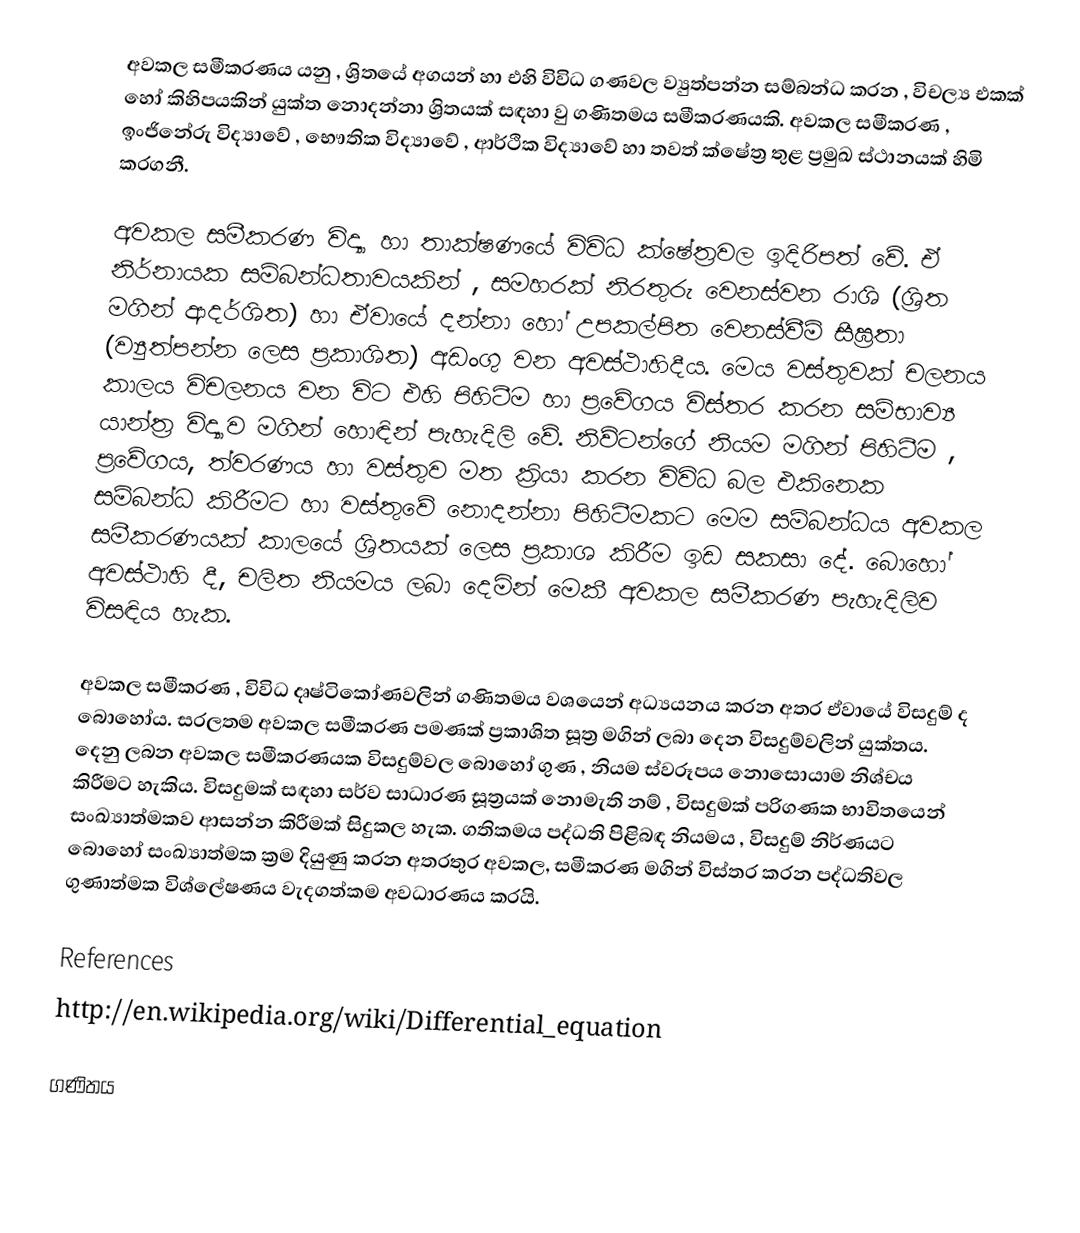
අවකල සමීකරණය යනු , ශ්‍රිතයේ අගයන් හා එහි විවිධ ගණවල ව්‍යුත්පන්න සම්බන්ධ කරන , විචල්‍ය එකක්‍ හෝ කිහිපයකින් යුක්ත නොදන්නා ශ්‍රිතයක් සඳහා වු ගණිතමය සමීකරණයකි. අවකල සමීකරණ , ඉංජිනේරු විද්‍යාවේ , භෞතික විද්‍යාවේ , ආර්ථික විද්‍යාවේ හා තවත් ‍ක්ෂේත්‍ර තුළ ප්‍රමුඛ ස්ථානයක් හිමි කරගනී.

අවකල සමීකරණ විද්‍යා හා තාක්ෂණයේ විවිධ ක්ෂේත්‍රවල ඉදිරිපත් වේ. ඒ නිර්නායක සම්බන්ධතාවයකින් , සමහරක් නිරතුරු වෙනස්වන රාශි (ශ්‍රිත මගින් ආදර්ශිත) හා  ඒවායේ දන්නා හෝ උපකල්පිත වෙනස්වීම් සීඝ්‍රතා (ව්‍යුත්පන්න ලෙස ප්‍රකාශිත) අඩංගු වන  අවස්ථාහිදීය. මෙය වස්තුවක් චලනය කාලය විචලනය වන විට එහි පිහිටීම හා ප්‍රවේගය  විස්තර කරන සම්භාව්‍ය යාන්ත්‍ර විද්‍යාව මගින් හොඳින් පැහැදිලි වේ. නිව්ටන්ගේ නියම මගින් පිහිටීම , ප්‍රවේගය, ත්වරණය හා වස්තුව මත ක්‍රියා කරන විවිධ බල එකිනෙක සම්බන්ධ කිරීමට හා වස්තුවේ නොදන්නා පිහිටීමකට මෙම සම්බන්ධය අවකල සමීකරණයක් කාලයේ ශ්‍රිතයක් ලෙස ප්‍රකාශ කිරීම ඉඩ සකසා දේ. බොහෝ අවස්ථාහි දී, චලිත නියමය ලබා දෙමින් මෙකී අවකල සමීකරණ පැහැදිලිව විසඳිය හැක.

අවකල සමීකරණ , විවිධ දෘෂ්ටිකෝණවලින් ගණිතමය වශයෙන් අධ්‍යයනය කරන අතර ඒවායේ විසදුම් ද බොහෝය. සරලතම අවකල සමීකරණ පමණක් ප්‍රකාශිත සූත්‍ර මගින් ලබා දෙන විසදුම්වලින් යුක්තය. දෙනු ලබන අවකල සමීකරණයක විසදුම්වල බොහෝ ගුණ , නියම ස්වරූපය නොසොයාම නිශ්චය කිරීමට හැකිය. විසදුමක් සඳහා සර්ව සාධාරණ සූත්‍රයක් නොමැති නම් , විසදුමක් පරිගණක භාවිතයෙන්  සංඛ්‍යාත්මකව ආසන්න කිරීමක් සිදුකල  හැක. ගතිකමය   පද්ධති පිළිබඳ නියමය , විසදුම් නිර්ණයට බොහෝ සංඛ්‍යාත්මක ක්‍රම දියුණු කරන අතරතුර අවකල, සමීකරණ මගින් විස්තර කරන පද්ධතිවල ගුණාත්මක විශ්ලේෂණය වැදගත්කම  අවධාරණය කරයි.

References
http://en.wikipedia.org/wiki/Differential_equation

ගණිතය